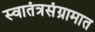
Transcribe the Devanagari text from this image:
स्वातंत्रसंग्रामात